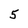
Character: 5